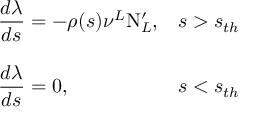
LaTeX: \begin{array} { l l } { { { \displaystyle \frac { d \lambda } { d s } } = - \rho ( s ) \nu ^ { L } \mathrm { N } _ { L } ^ { \prime } , } } & { { s > s _ { t h } } } \\ { { } } & { { } } \\ { { { \displaystyle \frac { d \lambda } { d s } } = 0 , } } & { { s < s _ { t h } } } \end{array}